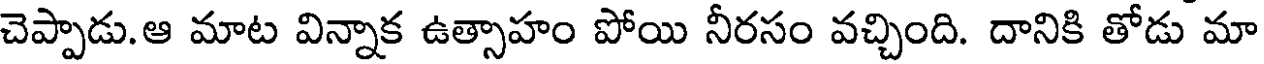
చెప్పాడు.ఆ మాట విన్నాక ఉత్సాహం పోయి నీరసం వచ్చింది. దానికి తోడు మా